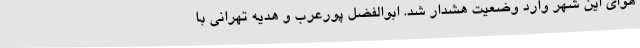
هوای این شهر وارد وضعیت هشدار شد. ابوالفضل پورعرب و هدیه تهرانی با